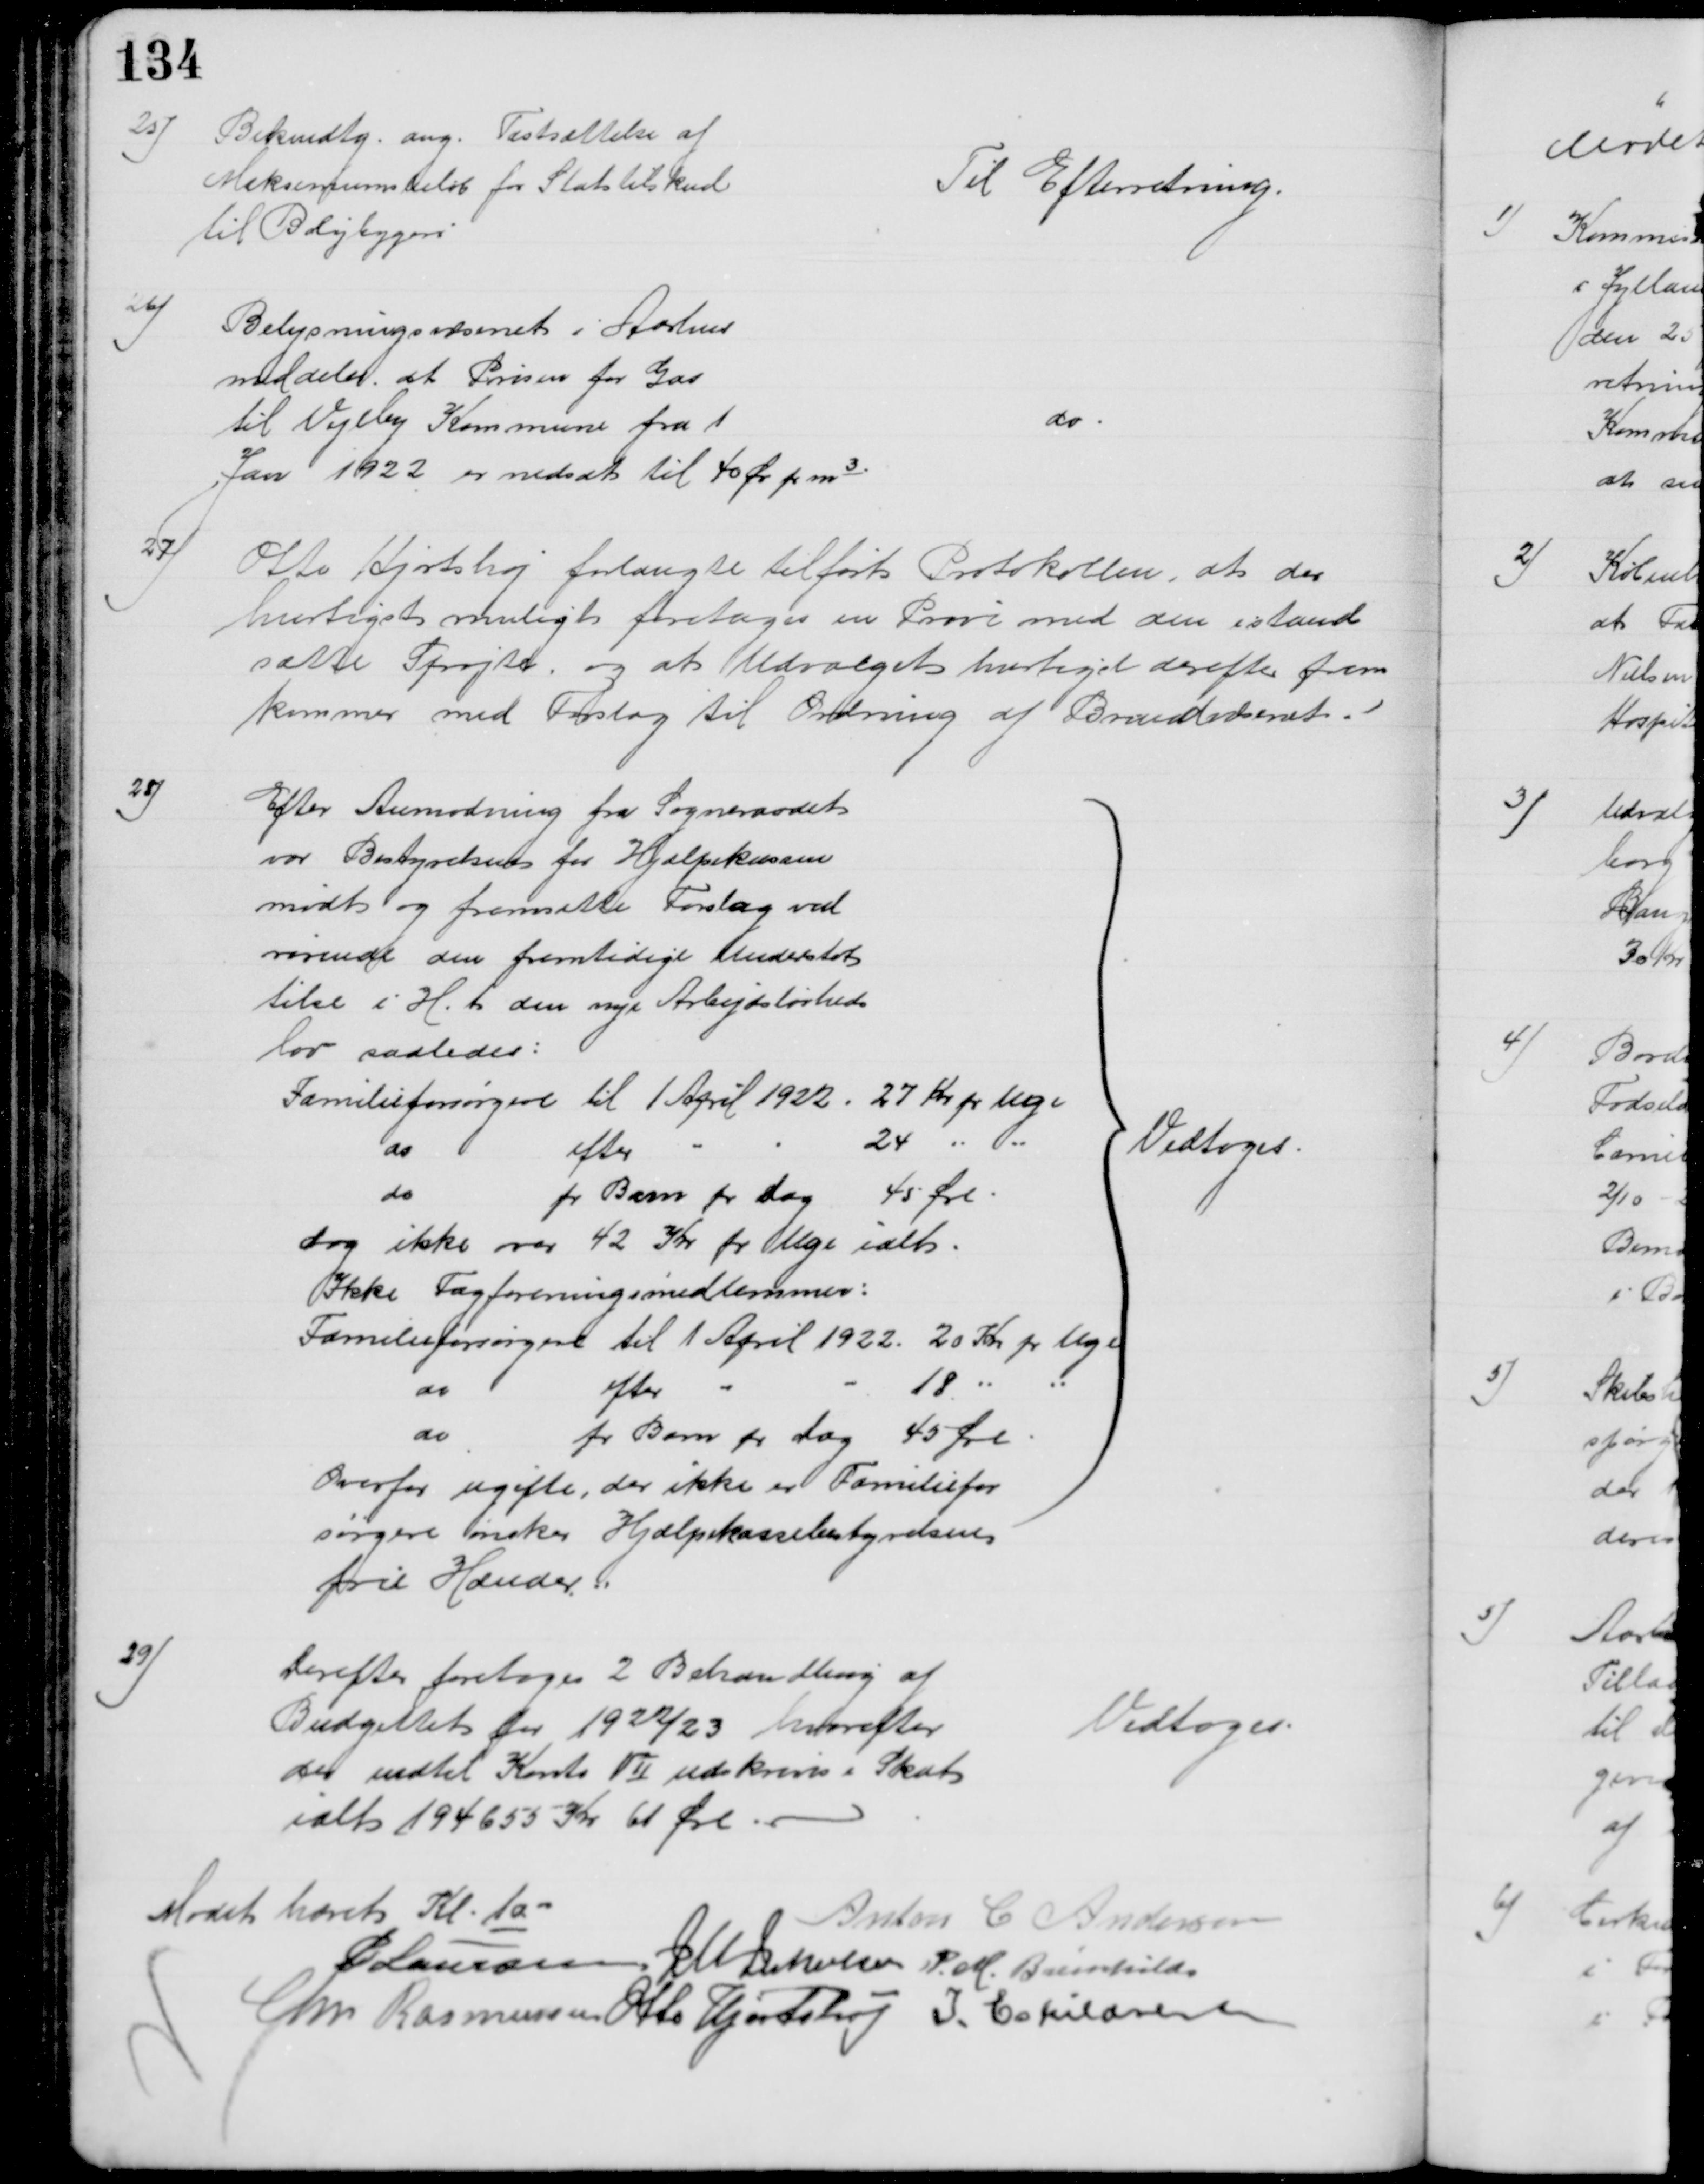
Transskription:
25)
Bekendtg. ang. Fastsættelse af
Maksimumsbeløb for Statstilskud
til Boligbygeri
Til Efterretning.
26)
Belysningsvæsenet i Aarhus
meddeler, at Prisen for Gas
til Vejlby Kommune fra 1
Jan 1922 er nedsat til 40 Øre pr m3
do
27)
Otto Hjortshøj forlangte tilført Protokollen, at der 
hurtigst muligt foretages en Prøve med den istand
satte Sprøjte, og at Udvalget hurtigst derefter frem
kommer med Forslag til Ordning af Brandvæsenet.
28)
Efter Anmodning fra Sogneraadet
var Bestyrelsen for Hjælpekassen
mødt og fremsatte Forslag ved
rørende den fremtidige Understøt
telse i H. t. den nye Arbejdsløsheds
lov saaledes:
Familieforsørgere til 1 April 1922. 27 Kr pr Uge
do
efter
24 
do
pr Barn pr dag 45 Øre
dog ikke over 42 Kr pr Uge ialt.
Ikke Fagforeningsmedlemmer:
Familieforsørgere til 1 April 1922. 20 Kr pr Uge
do
efter
18 
do
pr Barn pr dag 45 Øre.
Overfor ugifte, der ikke er Familiefor
sørgere ønsker Hjælpekassebestyrelsen
frie Hænder.
Vedtoges
29)
Derefter foretoges 2 Behandling af 
Budgettet for 1922/23 hvorefter
der indtil Konto VII udskrives i Skat
ialt 194655 Kr 61 Øre 
Vedtoges.
Mødet hævet Kl. 1000
Anton C. Andersen
P Laursen J M Jakobsen P. M. Breinhild
Chr. Rasmussen Otto Hjortshøj I. Eskildsen